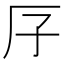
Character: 𠨯